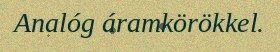
Analóg áramkörökkel.